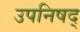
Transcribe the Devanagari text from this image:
उपनिषद्‍